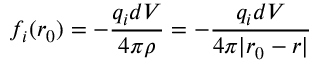
f _ { i } ( \boldsymbol { r _ { 0 } } ) = - \frac { q _ { i } d V } { 4 \pi \rho } = - \frac { q _ { i } d V } { 4 \pi | \boldsymbol { r _ { 0 } } - \boldsymbol { r } | }